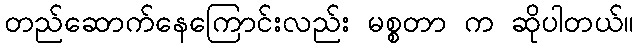
တည်ဆောက်နေကြောင်းလည်း မစ္စတာ က ဆိုပါတယ်။